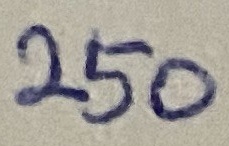
Text: 250